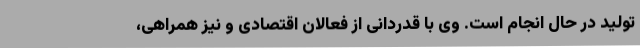
تولید در حال انجام است. وی با قدردانی از فعالان اقتصادی و نیز همراهی،